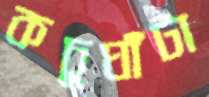
কচুঘাঁটা